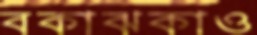
বকাঝকাও